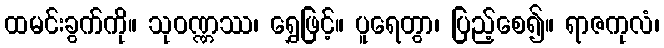
ထမင်းခွက်ကို။ သုဝဏ္ဏဿ၊ ရွှေဖြင့်။ ပူရေတွာ၊ ပြည့်စေ၍။ ရာဇကုလံ၊